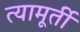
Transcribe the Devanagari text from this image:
त्यामूर्ती